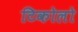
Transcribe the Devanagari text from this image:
टिकोलो